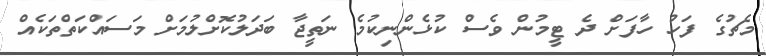
މެޗުގެ ފަހު ހާފަށް ދެ ޓީމުން ވެސް ކުޅެންނިކުމެ ނަތީޖާ ބަދަލުކޮށްލުމަށް މަސައްކަތްތަކެއް